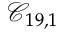
\mathcal { C } _ { 1 9 , 1 }